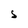
Character: S